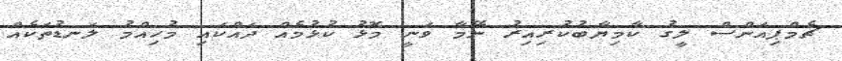
ޗެމްޕިއަންސް ލީގު ކާމިޔާބުކުރިއިރު ނޭމާ ވަނީ މޮޅު ކުޅުމެއް ދައްކައި މުހިއްމު ލަނޑުތަކެއް